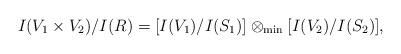
LaTeX: \begin{align*}I (V_1 \times V_2) / I (R) = [I (V_1) / I (S_1)] \otimes_{\mathrm{min}} [I (V_2) / I (S_2)],\end{align*}